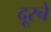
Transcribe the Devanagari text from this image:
दूरचें